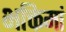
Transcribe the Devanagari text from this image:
भक्तिमां